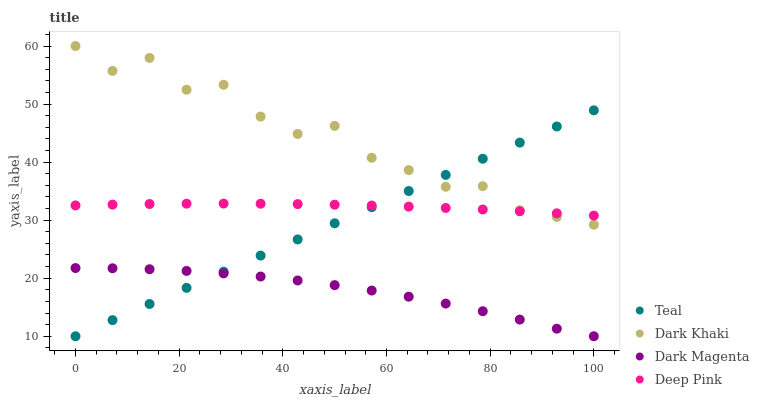
| xaxis_label | Teal | Dark Khaki | Dark Magenta | Deep Pink |
 | --- | --- | --- | --- | --- |
 | 0 | 10 | 60 | 21.8 | 32.5 |
 | 7.14 | 12.8 | 55.7 | 21.7 | 32.7 |
 | 14.3 | 15.6 | 57.9 | 21.5 | 32.8 |
 | 21.4 | 18.3 | 52.5 | 21.3 | 32.8 |
 | 28.6 | 21.1 | 53.3 | 20.8 | 32.9 |
 | 35.7 | 23.9 | 47.8 | 20.3 | 32.8 |
 | 42.9 | 26.7 | 44.9 | 19.6 | 32.8 |
 | 50 | 29.5 | 46.2 | 18.8 | 32.7 |
 | 57.1 | 32.2 | 40.7 | 17.9 | 32.5 |
 | 64.3 | 35 | 38.6 | 16.8 | 32.3 |
 | 71.4 | 37.8 | 35.7 | 15.6 | 32.1 |
 | 78.6 | 40.6 | 35.9 | 14.3 | 31.8 |
 | 85.7 | 43.4 | 31.7 | 12.9 | 31.5 |
 | 92.9 | 46.1 | 30.6 | 11.3 | 31.2 |
 | 100 | 48.9 | 29.2 | 10 | 30.8 |